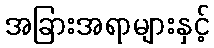
အခြားအရာများနှင့်